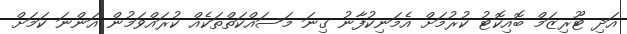
އަދި ޓޫރިޒަމް ބޮއިކޮޓު ކުރުމަށް އެމަނިކުފާނު ގިނަ މަސައްކަތްތަކެއް ކުރައްވަމުން އަންނަ ކަމަށް